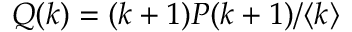
Q ( k ) = ( k + 1 ) P ( k + 1 ) / \langle k \rangle